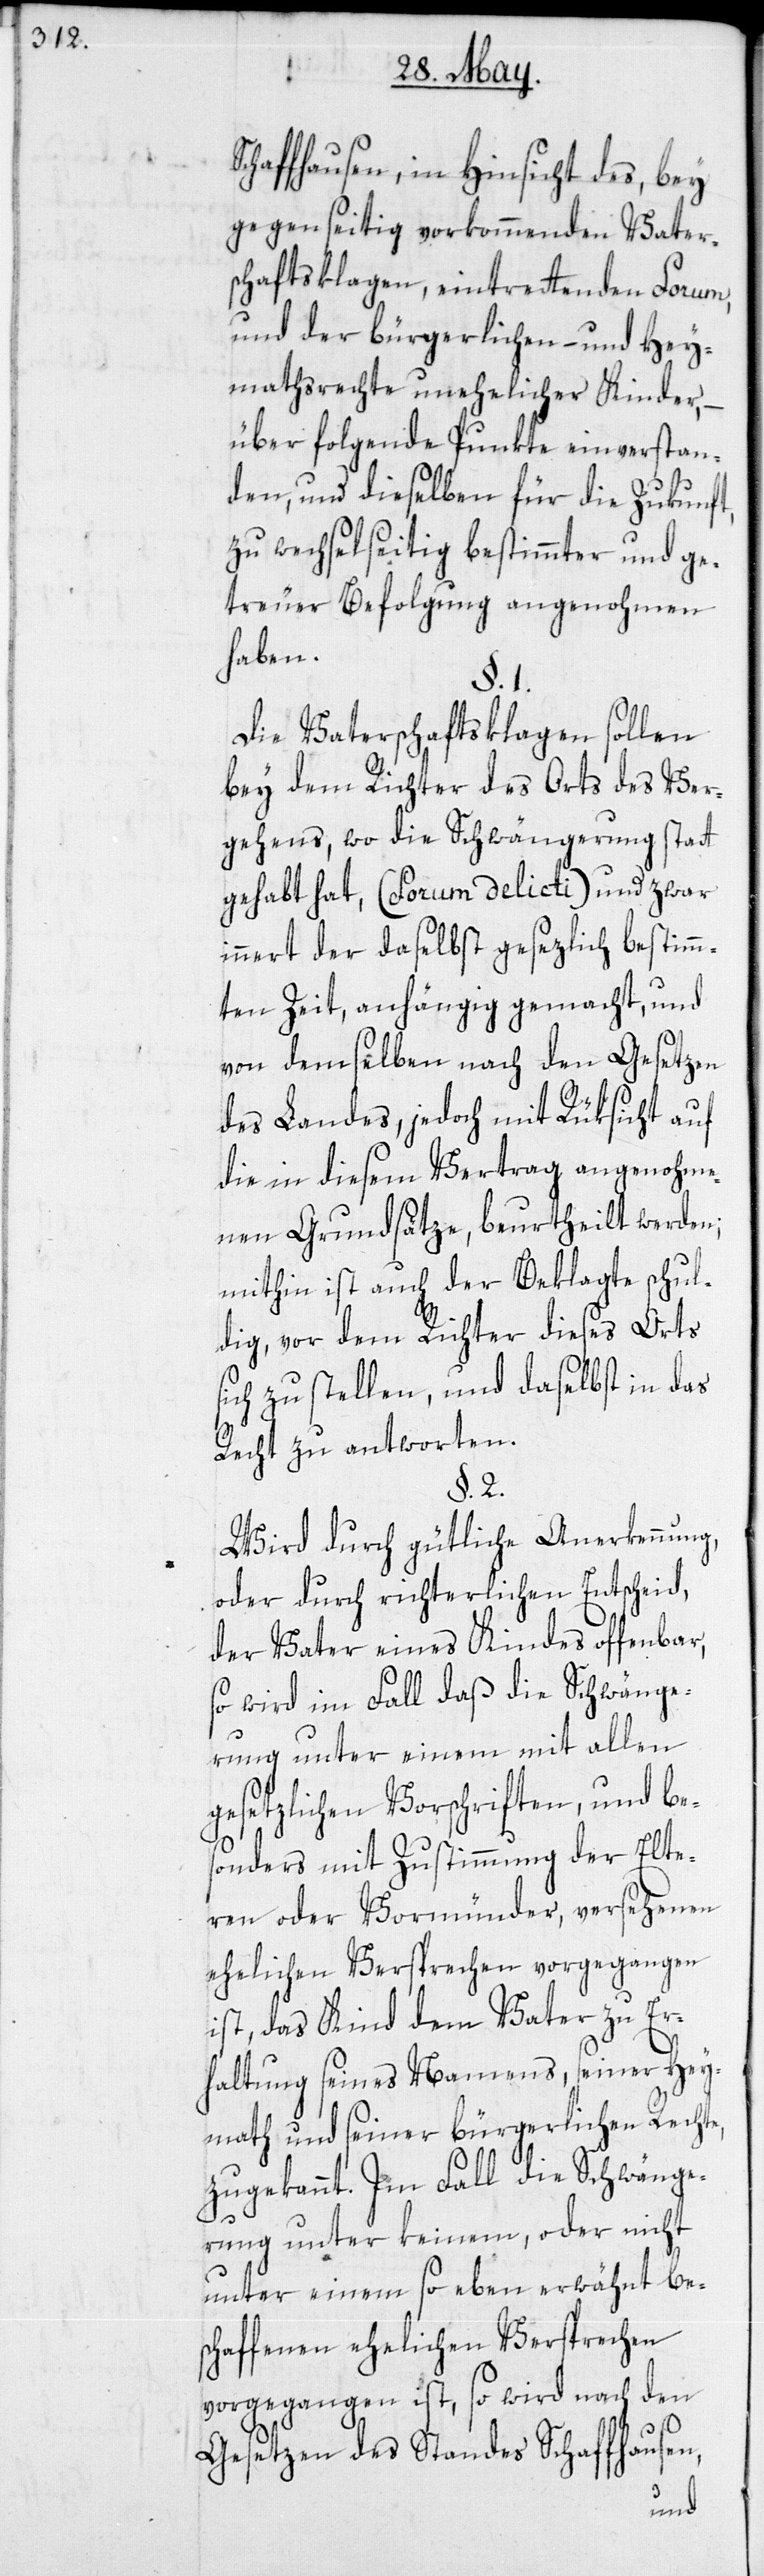
die Schwäng¬
chaffhausen, in Hinsicht des, bey
gegenseitig vorkommenden Vater¬
schaftsklagen, eintrettenden Forum,
und der bürgerlichen- und Hey¬
mathsrechte unehelicher Kinder,
über folgende Punkte einverstan¬
den, und dieselben für die Zukunft,
zu wechselseitig bestimmter und ge¬
treuer Befolgung angenohmen
haben.
S¬
Die Vaterschaftsklagen sollen
bey dem Richter des Orts des Ver¬
gehens, wo die Schwängerung statt
gehabt hat, (Forum delicti) und zwar
innert der daselbst gesezlich bestimm¬
ten Zeit, anhängig gemacht, und
von demselben nach den Gesetzen
des Landes, jedoch mit Rüksicht auf
die in diesem Vertrag angenohme¬
nen Grundsätze, beurtheilt werden;
mithin ist auch der Beklagte schul¬
dig, vor dem Richter dieses Orts
sich zu stellen, und daselbst in das
Recht zu antworten.
§. 2.
Wird durch gütliche Anerkennung,
oder durch richterlichen Entscheid,
der Vater eines Kindes offenbar,
erung unter einem mit allen
gesetzlichen Vorschriften, und be¬
sonders mit Zustimmung der Elte¬
ren oder Vormünder, versehenen
ehelichen Versprechen vorgegangen
ist, das Kind dem Vater zu Er¬
haltung seines Namens, seiner Hey¬
math und seiner bürgerlichen Rechte,
zugekannt. Im Fall die Schwänge¬
rung unter keinem, oder nicht
unter einem so eben erwähnt be¬
schaffenen ehelichen Versprechen
vorgegangen ist, so wird nach den
Gesetzen des Standes Schaffhausen,